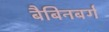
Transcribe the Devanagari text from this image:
बैबिनबर्ग